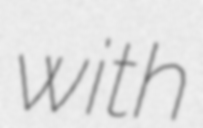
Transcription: with